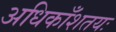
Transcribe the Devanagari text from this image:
अधिकाँशतयः